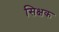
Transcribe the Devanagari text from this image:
सिक्षक